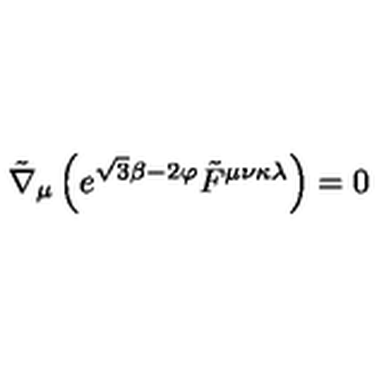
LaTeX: \tilde { \nabla } _ { \mu } \left( e ^ { \sqrt { 3 } \beta - 2 \varphi } \tilde { F } ^ { \mu \nu \kappa \lambda } \right) = 0